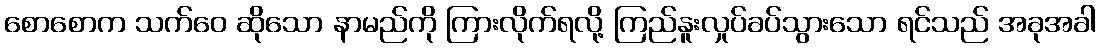
စောစောက သက်ဝေ ဆိုသော နာမည်ကို ကြားလိုက်ရလို့ ကြည်နူးလှုပ်ခပ်သွားသော ရင်သည် အခုအခါ